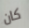
كان